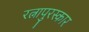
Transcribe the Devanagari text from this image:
रत्नापुरस्कार